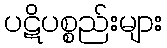
ပဋိပစ္စည်းများ